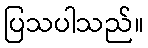
ပြသပါသည်။